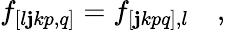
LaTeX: f_{[l\mathbf{j}kp,q]}=f_{[\mathbf{j}kpq],l}\quad,